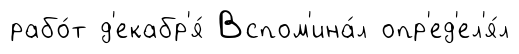
рабо́т д'екабр'я́ Вспом'ина́л опр'ед'ел'я́л